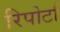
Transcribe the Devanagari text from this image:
रिपोर्टां